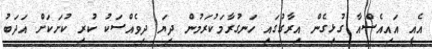
އެއީ އައިއެސްއާ ގުޅިގެން އިރާގުގައި ހަނގުރާމަކުރަމުން ދިޔަ ދިވެއްސަކު ކުރި ކުށަކަށް އަދަބު